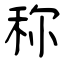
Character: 称